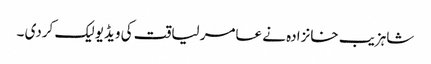
شاہزیب خانزادہ نے عامر لیاقت کی ویڈیو لیک کردی ۔